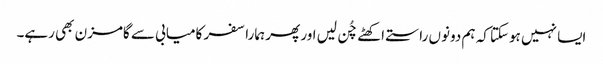
ایسا نہیں ہوسکتا کہ ہم دونوں راستے اکھٹے چُن لیں اور پھر ہمارا سفر کامیابی سے گامزن بھی رہے۔